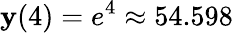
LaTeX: \mathbf{y}(4)=e^{4}\approx54.598